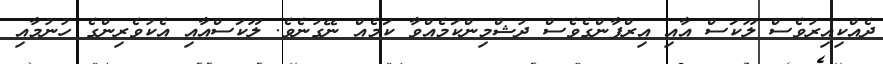
ދެއްކިއިރުވެސް ލޫކަސް އާއި އިރްފާންގެވެސް ދުޝްމިންކަމެއްވާ ކަމެއް ނޭގުނެވެ. ލޫކަސްއާއި އެކުވެރިންގެ ހުނުމާއި